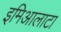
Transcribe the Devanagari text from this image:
इमिआलाटा